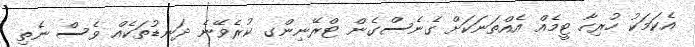
އެކަމަކު ހުރިހާ ޓީމެއް އެއްތަނަކަަށް ގެނެސްގެން ޓްރޭނިންގ ކުރެވޭނެ ދަނޑުތަކެއް ވެސް ނެތި